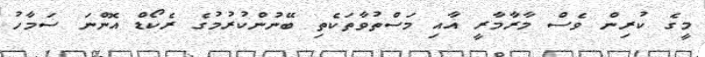
މީގެ ކުރިން ވެސް މާރާމާރީ އާއި މަސްތުވާތަކެތި ބޭނުންކުރުމުގެ ރެކޯޑް އޮންނަ ސަމާހު